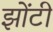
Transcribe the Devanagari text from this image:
झोंटी